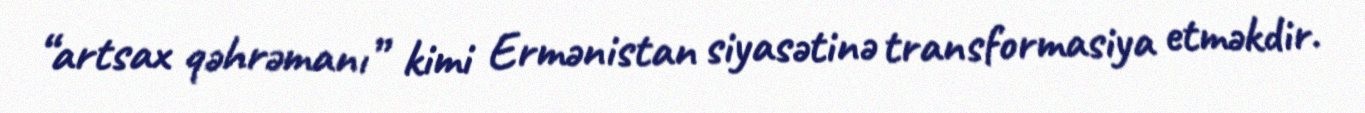
“artsax qəhrəmanı” kimi Ermənistan siyasətinə transformasiya etməkdir.